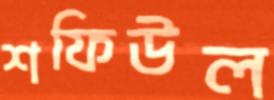
শফিউল